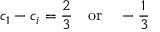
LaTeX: c _ { 1 } - c _ { i } = \frac { 2 } { 3 } \quad \mathrm { o r } \quad - \frac { 1 } { 3 }